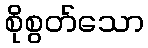
စိုစွတ်သော